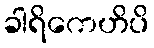
ခါရိကေဟိပိ